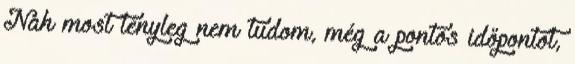
Nah most tényleg nem tudom, még a pontos időpontot,